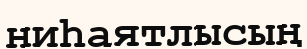
ниһаятлысың